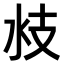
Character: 𣲰